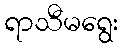
ရာသီမရွေး